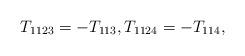
LaTeX: \begin{align*}T_{1123}=-T_{113},T_{1124}= -T_{114},\end{align*}